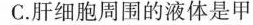
C.肝细胞周围的液体是甲